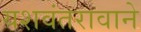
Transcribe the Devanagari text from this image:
यशवंतरावाने